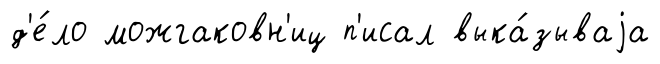
д'е́ло можгаковн'иц п'исал выка́зываjа